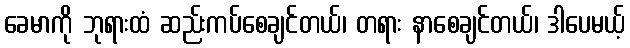
ခေမာကို ဘုရားထံ ဆည်းကပ်စေချင်တယ်၊ တရား နာစေချင်တယ်၊ ဒါပေမယ့်